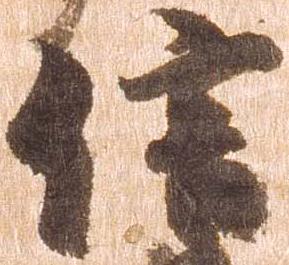
信